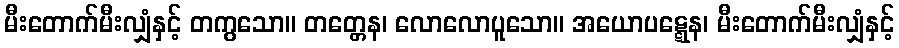
မီးတောက်မီးလျှံနှင့် တကွသော။ တတ္တေန၊ လောလောပူသော။ အယောပဋ္ဋေန၊ မီးတောက်မီးလျှံနှင့်